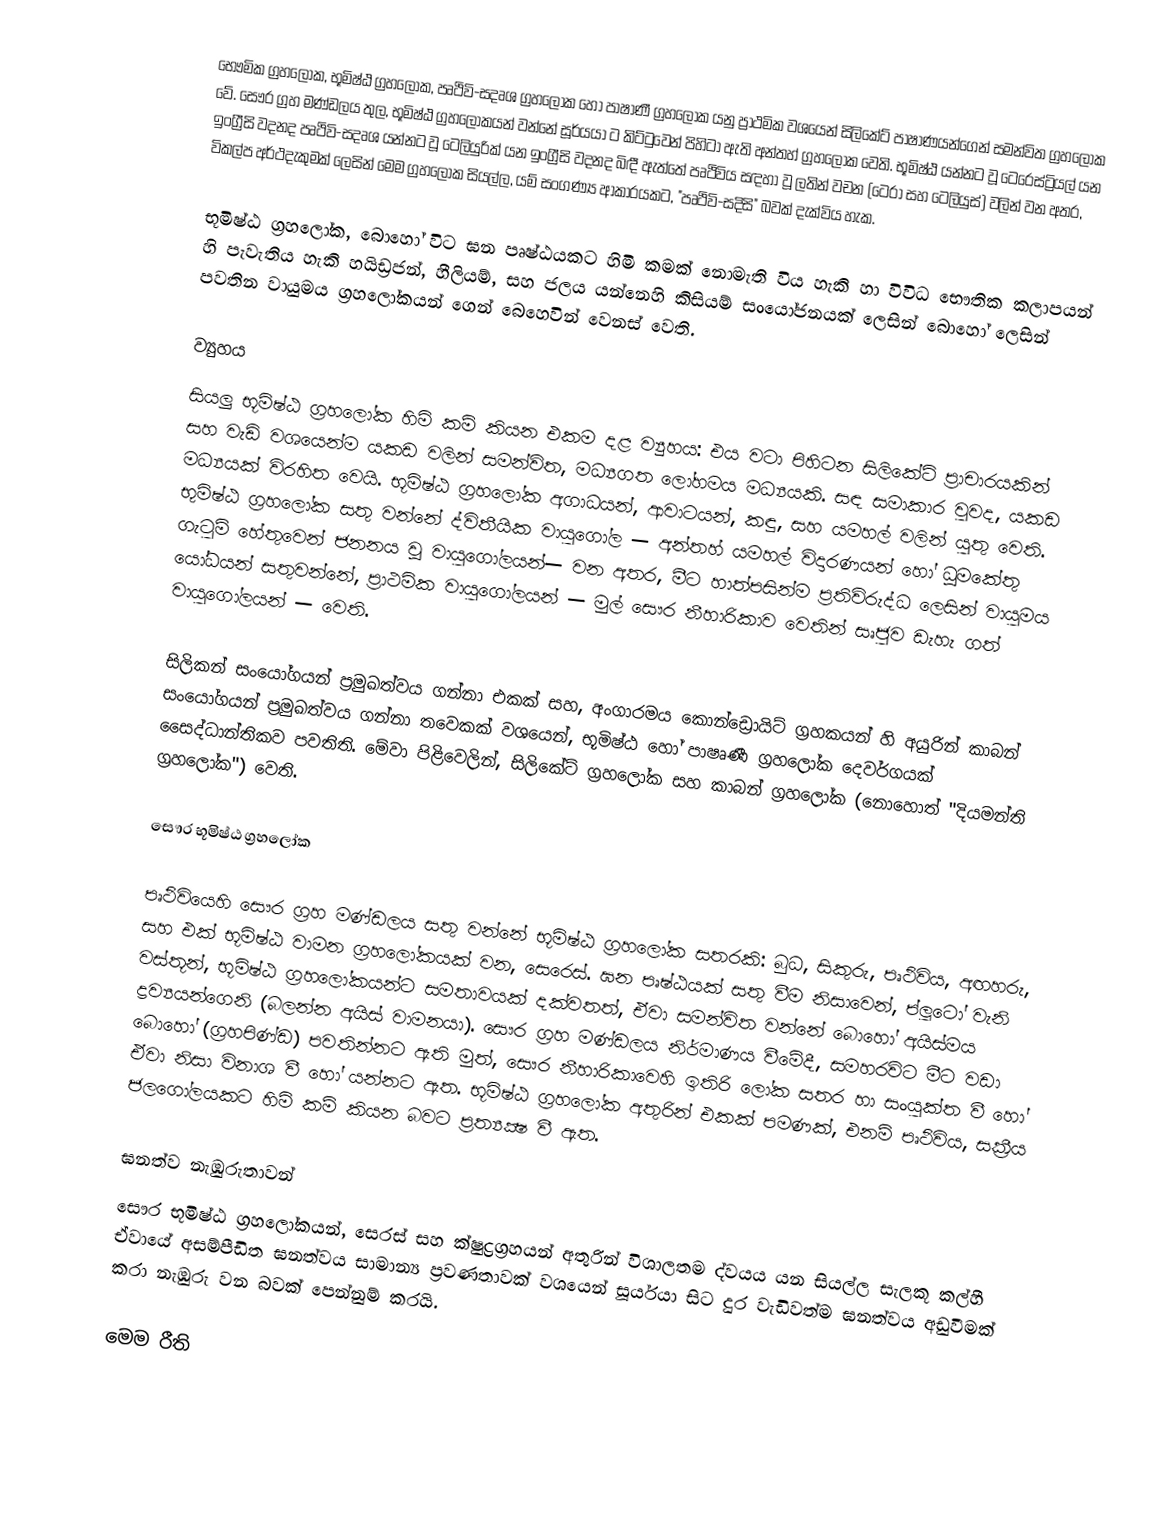
භෞමික ග්‍රහලෝක, භූමිෂ්ඨ ග්‍රහලෝක, පෘථිවි-සදෘශ ග්‍රහලෝක හෝ පාෂාණී ග්‍රහලෝක යනු ප්‍රාථමික වශයෙන් සිලිකේට් පාෂාණයන්ගෙන් සමන්විත ග්‍රහලෝක වේ. සෞර ග්‍රහ මණ්ඩලය තුල, භූමිෂ්ඨ ග්‍රහලෝකයන් වන්නේ සූර්යයා ට කිට්ටුවෙන් පිහිටා ඇති අන්තහ් ග්‍රහලෝක වෙති. භූමිෂ්ඨ  යන්නට වූ ටෙරෙස්ට්‍රියල්  යන ඉංග්‍රීසි වදනද පෘථිවි-සදෘශ යන්නට වූ ටෙලියුරික්  යන ඉංග්‍රීසි වදනද බිඳී ඇත්තේ පෘථිවිය සඳහා වූ ලතින් වචන (ටෙරා සහ ටෙලියුස්) වලින් වන අතර, විකල්ප අර්ථදැකුමක් ලෙසින් මෙම ග්‍රහලෝක සියල්ල, යම් සංගණ්‍ය ආකාරයකට, "පෘථිවි-සදිසි" බවක් දැක්විය හැක.

භූමිෂ්ඨ ග්‍රහලෝක, බොහෝ විට ඝන පෘෂ්ඨයකට හිමි කමක් නොමැති විය හැකි හා විවිධ භෞතික කලාපයන් හි පැවැතිය හැකි හයිඩ්‍රජන්, හීලියම්, සහ ජලය යන්නෙහි කිසියම් සංයෝජනයක් ලෙසින් බොහෝ ලෙසින් පවතින වායුමය ග්‍රහලෝකයන් ගෙන් බෙහෙවින් වෙනස් වෙති.

ව්‍යුහය
සියලු භූමිෂ්ඨ ග්‍රහලෝක හිමි කම් කියන එකම දළ ව්‍යුහය: එය වටා පිහිටන සිලිකේට් ප්‍රාචාරයකින් සහ වැඩි වශයෙන්ම යකඩ වලින් සමන්විත, මධ්‍යගත ලෝහමය මධ්‍යයකි. සඳ සමාකාර වුවද, යකඩ මධ්‍යයක් විරහිත වෙයි. භූමිෂ්ඨ ග්‍රහලෝක අගාධයන්, ආවාටයන්, කඳු, සහ යමහල් වලින් යුතු වෙති. භුමිෂ්ඨ ග්‍රහලෝක සතු වන්නේ ද්විතීයික වායුගෝල — අන්තහ් යමහල් විදාරණයන් හෝ ධූමකේතු ගැටුම් හේතුවෙන් ජනනය වූ වායුගෝලයන්— වන අතර, මීට හාත්පසින්ම ප්‍රතිවිරුද්ධ ලෙසින් වායුමය යෝධයන් සතුවන්නේ, ප්‍රාථමික වායුගෝලයන් — මුල් සෞර නීහාරිකාව වෙතින් සෘජුව ඩැහැ ගත් වායුගෝලයන් — වෙති.

සිලිකන් සංයෝගයන් ප්‍රමුඛත්වය ගන්නා එකක් සහ, අංගාරමය කොන්ඩ්‍රොයිට් ග්‍රහකයන් හි අයුරින් කාබන් සංයෝගයන් ප්‍රමුඛත්වය ගන්නා තවෙකක් වශයෙන්, භූමිෂ්ඨ හෝ පාෂෘණී ග්‍රහලෝක දෙවර්ගයක් සෛද්ධාන්තිකව පවතිති. මේවා පිළිවෙලින්, සිලිකේට් ග්‍රහලෝක සහ කාබන් ග්‍රහලෝක (නොහොත් "දියමන්ති ග්‍රහලෝක") වෙති.

සෞර භූමිෂ්ඨ ග්‍රහලෝක

පෘථිවියෙහි සෞර ග්‍රහ මණ්ඩලය සතු වන්නේ භූමිෂ්ඨ ග්‍රහලෝක සතරකි: බුධ, සිකුරු, පෘථිවිය, අඟහරු, සහ එක් භූමිෂ්ඨ වාමන ග්‍රහලෝකයක් වන, සෙරෙස්. ඝන පෘෂ්ඨයක් සතු වීම නිසාවෙන්, ප්ලූටෝ වැනි වස්තූන්, භූමිෂ්ඨ ග්‍රහලෝකයන්ට සමතාවයක් දක්වතත්, ඒවා සමන්විත වන්නේ බොහෝ අයිස්මය ද්‍රව්‍යයන්ගෙනි (බලන්න අයිස් වාමනයා). සෞර ග්‍රහ මණ්ඩලය නිර්මාණය වීමේදී, සමහරවිට මීට වඩා බොහෝ (ග්‍රහපිණ්ඩ) පවතින්නට ඇති මුත්, සෞර නීහාරිකාවෙහි ඉතිරි ලෝක සතර හා සංයුක්ත වී හෝ ඒවා නිසා විනාශ වී හෝ යන්නට ඇත. භූමිෂ්ඨ ග්‍රහලෝක අතුරින් එකක් පමණක්, එනම් පෘථිවිය, සක්‍රීය ජලගෝලයකට හිමි කම් කියන බවට ප්‍රත්‍යක්‍ෂ වී ඇත.

ඝනත්ව නැඹුරුතාවන්
සෞර භූමිෂ්ඨ ග්‍රහලෝකයන්, සෙරස් සහ ක්ෂුද්‍රග්‍රහයන් අතුරින් විශාලතම ද්වයය යන සියල්ල සැලකූ කල්හී ඒවායේ අසම්පීඩිත ඝනත්වය සාමාන්‍ය ප්‍රවණතාවක් වශයෙන් සූර්යයා සිට දුර වැඩිවත්ම ඝනත්වය අඩුවීමක් කරා නැඹුරු වන බවක් පෙන්නුම් කරයි.

මෙම රීති